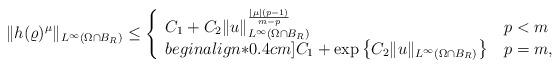
LaTeX: \begin{align*}\|h(\varrho)^\mu\|_{L^\infty(\Omega \cap B_R)} \le \left\{ \begin{array}{ll}C_1 + C_2\|u\|_{L^\infty(\Omega \cap B_R)}^{\frac{|\mu|(p-1)}{m-p}} & \, p < m \\begin{align*}0.4cm]C_1 + \exp \left\{ C_2 \|u\|_{L^\infty(\Omega \cap B_R)} \right\} & \, p = m,\end{array}\right.\end{align*}